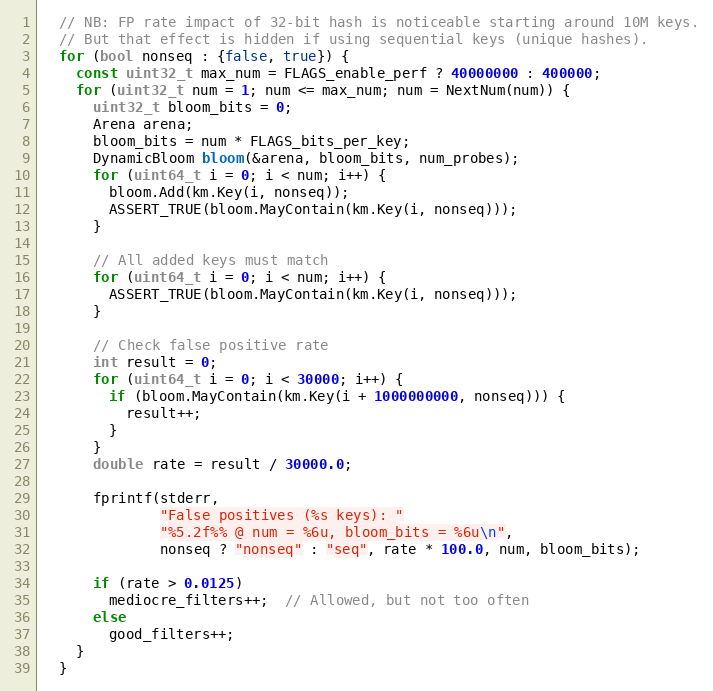
Language: C++
  // NB: FP rate impact of 32-bit hash is noticeable starting around 10M keys.
  // But that effect is hidden if using sequential keys (unique hashes).
  for (bool nonseq : {false, true}) {
    const uint32_t max_num = FLAGS_enable_perf ? 40000000 : 400000;
    for (uint32_t num = 1; num <= max_num; num = NextNum(num)) {
      uint32_t bloom_bits = 0;
      Arena arena;
      bloom_bits = num * FLAGS_bits_per_key;
      DynamicBloom bloom(&arena, bloom_bits, num_probes);
      for (uint64_t i = 0; i < num; i++) {
        bloom.Add(km.Key(i, nonseq));
        ASSERT_TRUE(bloom.MayContain(km.Key(i, nonseq)));
      }

      // All added keys must match
      for (uint64_t i = 0; i < num; i++) {
        ASSERT_TRUE(bloom.MayContain(km.Key(i, nonseq)));
      }

      // Check false positive rate
      int result = 0;
      for (uint64_t i = 0; i < 30000; i++) {
        if (bloom.MayContain(km.Key(i + 1000000000, nonseq))) {
          result++;
        }
      }
      double rate = result / 30000.0;

      fprintf(stderr,
              "False positives (%s keys): "
              "%5.2f%% @ num = %6u, bloom_bits = %6u\n",
              nonseq ? "nonseq" : "seq", rate * 100.0, num, bloom_bits);

      if (rate > 0.0125)
        mediocre_filters++;  // Allowed, but not too often
      else
        good_filters++;
    }
  }